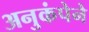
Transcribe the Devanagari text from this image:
अनुकंपेने